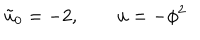
\tilde { u } _ { 0 } = - 2 , \qquad u = - \phi ^ { 2 }